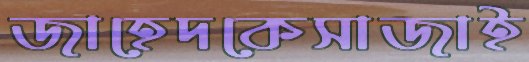
জাহেদকেসাজাই